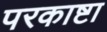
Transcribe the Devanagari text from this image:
परकाष्टा